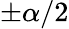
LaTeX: \pm\alpha/2